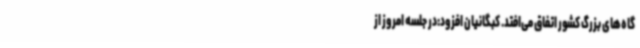
گاه‌های بزرگ کشور اتفاق می‌افتد. کبگانیان افزود:در جلسه امروز از